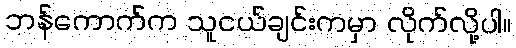
ဘန်ကောက်က သူငယ်ချင်းကမှာ လိုက်လို့ပါ။